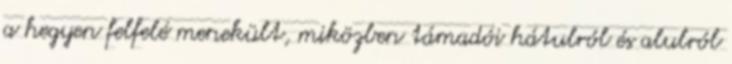
a hegyen felfelé menekült, miközben támadói hátulról és alulról